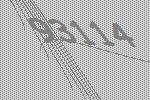
93114